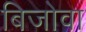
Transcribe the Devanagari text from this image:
बिजोवा